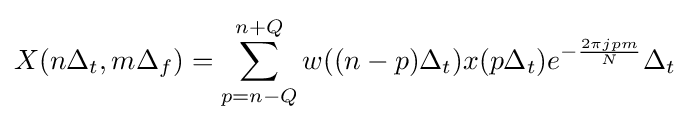
X(n\Delta _{t},m\Delta _{f})=\sum _{p=n-Q}^{n+Q}w((n-p)\Delta _{t})x(p\Delta _{t})e^{-{\frac {2\pi jpm}{N}}}\Delta _{t}